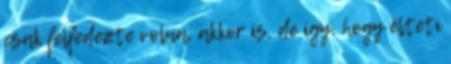
csak felfedezte volna, akkor is, de így, hogy élteti